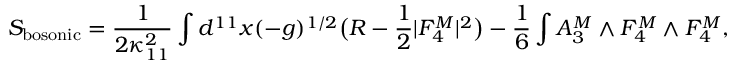
S _ { \mathrm { b o s o n i c } } = \frac { 1 } { 2 \kappa _ { 1 1 } ^ { 2 } } \int d ^ { 1 1 } x ( - g ) ^ { 1 / 2 } \bigl ( R - \frac { 1 } { 2 } | F _ { 4 } ^ { M } | ^ { 2 } \bigr ) - \frac { 1 } { 6 } \int A _ { 3 } ^ { M } \wedge F _ { 4 } ^ { M } \wedge F _ { 4 } ^ { M } ,